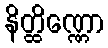
နိတ္ထိဏ္ဏော